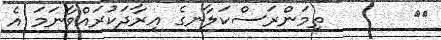
٧٠       ތިމަންރަސްކަލާނގެ އިރާދަކުރައްވާނަމަ އެ